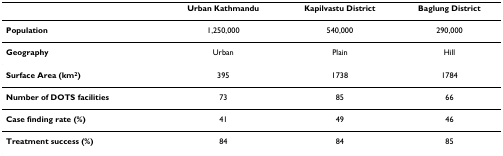
<table><thead><tr><td></td><td><b>Urban Kathmandu</b></td><td><b>Kapilvastu District</b></td><td><b>Baglung District</b></td></tr></thead><tbody><tr><td><b>Population</b></td><td>1,250,000</td><td>540,000</td><td>290,000</td></tr><tr><td><b>Geography</b></td><td>Urban</td><td>Plain</td><td>Hill</td></tr><tr><td><b>Surface Area (km<sup>2</sup>)</b></td><td>395</td><td>1738</td><td>1784</td></tr><tr><td><b>Number of DOTS facilities</b></td><td>73</td><td>85</td><td>66</td></tr><tr><td><b>Case finding rate (%)</b></td><td>41</td><td>49</td><td>46</td></tr><tr><td><b>Treatment success (%)</b></td><td>84</td><td>84</td><td>85</td></tr></tbody></table>